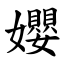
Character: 孆